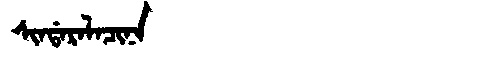
Manchu: ᠰᡳᠨᡩᠠᡵᠠᠯᠠᠴᡳᠨᠠ
Romanization: SINDARALACINA